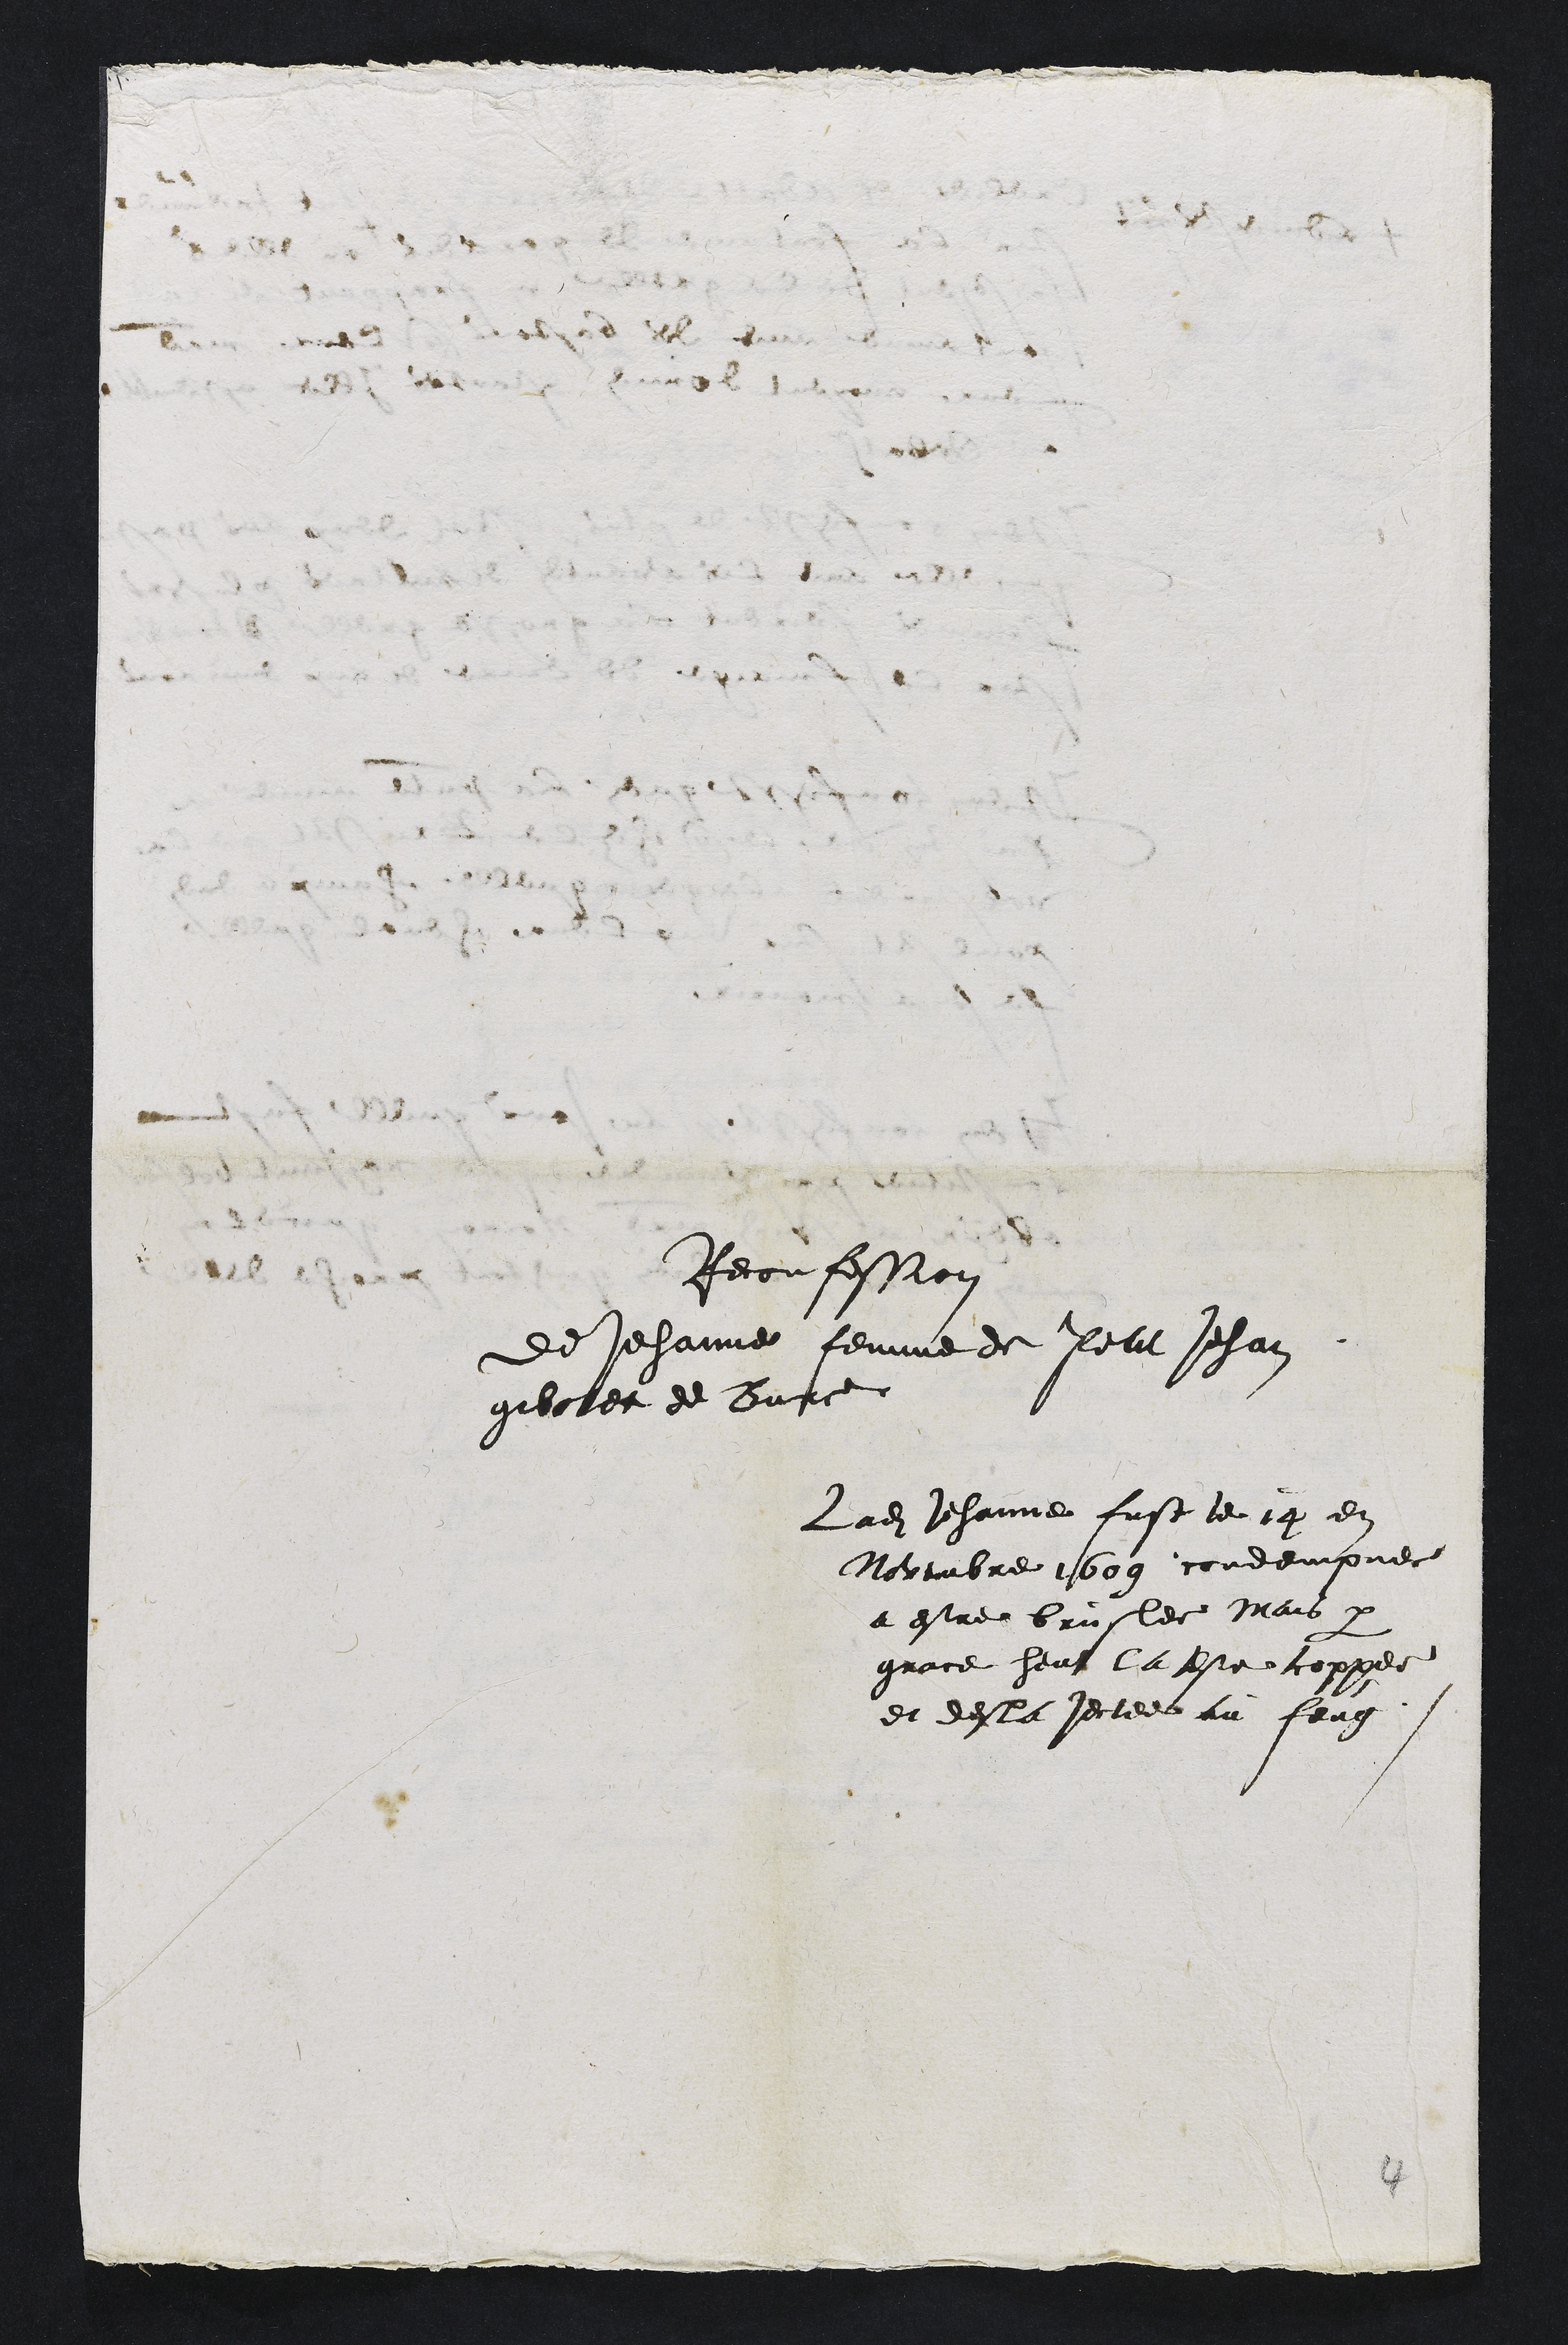
Reconfession
de Jehanne femme de Petit Jehan
gibolet de Bure
Ladite Jehanne fust le 19 en
Novembre 1609 condempnee
a estre bruslee Mais par
grace heut la este coppee
et desla jectee au feug